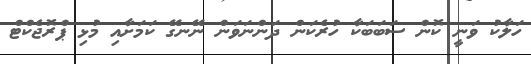
ހަލާކު ވަނީ ކޮން ސަބަބަކާ ހުރެކަން ދަންނަވަން ނޭނގޭ ކަމަށާއި މުޅި ޕްރޮޖެކްޓް